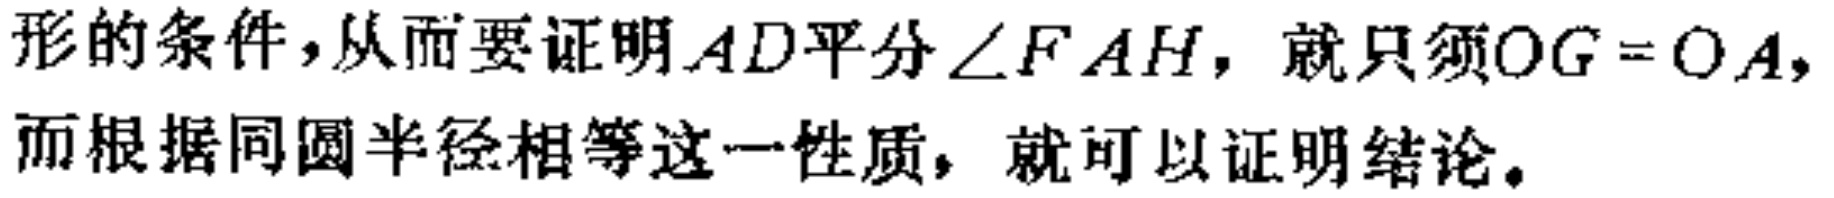
形的条件，从而要证明\(AD\)平分\(\angle FAH\)，就只须\(OG = OA\)，而根据同圆半径相等这一性质，就可以证明结论。